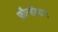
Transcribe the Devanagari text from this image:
फ्रौन्होफर